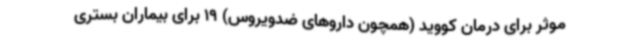
موثر برای درمان کووید (همچون داروهای ضدویروس) 19 برای بیماران بستری